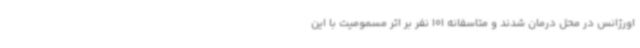
اورژانس در محل درمان شدند و متاسفانه 101 نفر بر اثر مسمومیت با این